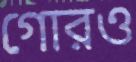
গোরও